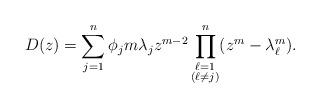
LaTeX: \begin{align*}D(z)=\sum_{j=1}^n\phi_jm\lambda_jz^{m-2}\prod_{\substack{\ell=1\\(\ell\neq j)}}^n(z^m-\lambda_\ell^m).\end{align*}